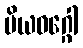
ပိယဝဂ္ဂေါ